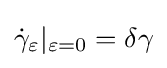
{\dot {\gamma }}_{\varepsilon }|_{\varepsilon =0}=\delta \gamma